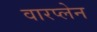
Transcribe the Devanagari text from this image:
वारप्लेन